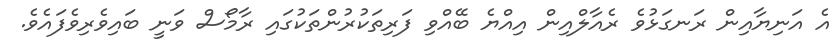
އެ އަނިޔާއިން ރަނގަޅުވެ ރެއާލްއިން އިއްޔެ ބޭއްވި ފަރިތަކުރުންތަކުގައި ރާމޯސް ވަނީ ބައިވެރިވެފައެވެ.